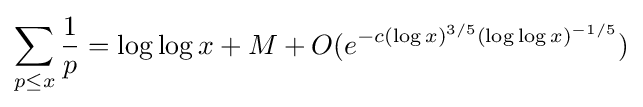
\sum _{p\leq x}{\frac {1}{p}}=\log \log x+M+O(e^{-c(\log x)^{3/5}(\log \log x)^{-1/5}})